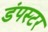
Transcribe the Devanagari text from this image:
डंपस्टर